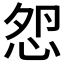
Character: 𢘵